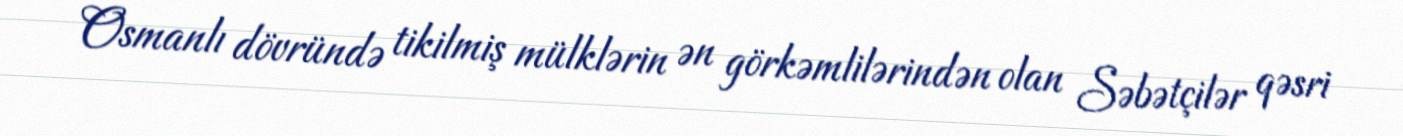
Osmanlı dövründə tikilmiş mülklərin ən görkəmlilərindən olan Səbətçilər qəsri